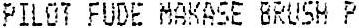
PILOT FUDE MAKASE BRUSH P